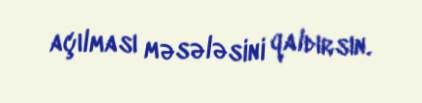
açılması məsələsini qaldırsın.